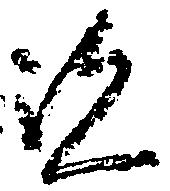
覧